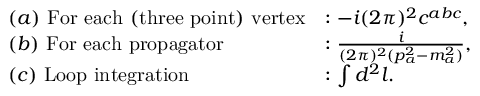
\begin{array} { l l } { { ( a ) ~ \mathrm { F o r ~ e a c h ~ ( t h r e e ~ p o i n t ) ~ v e r t e x } } } & { { : - i ( 2 \pi ) ^ { 2 } c ^ { a b c } , } } \\ { { ( b ) ~ \mathrm { F o r ~ e a c h ~ p r o p a g a t o r } } } & { { : \frac { i } { ( 2 \pi ) ^ { 2 } ( p _ { a } ^ { 2 } - m _ { a } ^ { 2 } ) } , } } \\ { { ( c ) ~ \mathrm { L o o p ~ i n t e g r a t i o n } } } & { { : \int d ^ { 2 } l . } } \end{array}